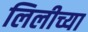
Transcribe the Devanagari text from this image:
लिलीच्या